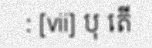
: [vii] បុ តើ